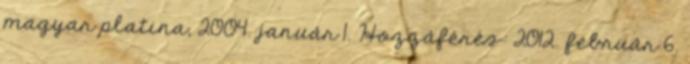
magyar platina, 2004. január 1. Hozzáférés: 2012. február 6.